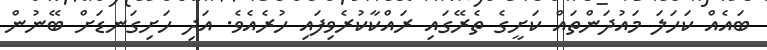
ބައެއް ކަހަލަ މައުދަންތައް ކަށީގެ ތެރޭގައި ރައްކާކުރެވިފައި ހުރެއެވެ. އަދި ހަށިގަނޑަށް ބޭނުން